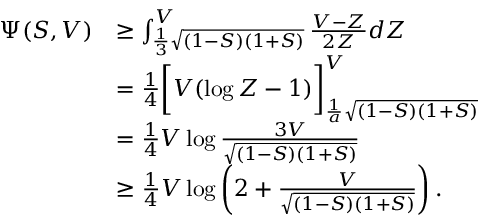
\begin{array} { r l } { \Psi ( S , V ) } & { \geq \int _ { \frac { 1 } { 3 } \sqrt { ( 1 - S ) ( 1 + S ) } } ^ { V } \frac { V - Z } { 2 Z } d Z } \\ & { = \frac { 1 } { 4 } \bigg [ V ( \log Z - 1 ) \bigg ] _ { \frac { 1 } { a } \sqrt { ( 1 - S ) ( 1 + S ) } } ^ { V } } \\ & { = \frac { 1 } { 4 } V \log \frac { 3 V } { \sqrt { ( 1 - S ) ( 1 + S ) } } } \\ & { \geq \frac { 1 } { 4 } V \log \left( 2 + \frac { V } { \sqrt { ( 1 - S ) ( 1 + S ) } } \right) . } \end{array}